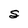
Character: S